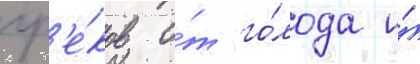
гр'е́ков о́т го́лода и́